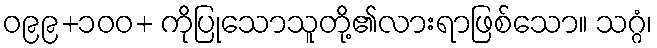
ဝ၉၉+၁၀၀+ ကိုပြုသောသူတို့၏လားရာဖြစ်သော။ သဂ္ဂံ၊